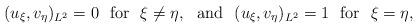
LaTeX: \begin{align*}(u_{\xi},v_{\eta})_{L^2}=0 \,\,\,\, \hbox{for}\,\,\,\, \xi\neq\eta, \,\,\,\, \hbox{and} \,\,\,\,(u_{\xi},v_{\eta})_{L^2}=1 \,\,\,\, \hbox{for} \,\,\,\, \xi=\eta,\end{align*}